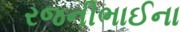
રજનીભાઈના